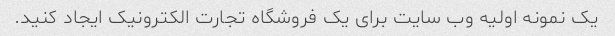
یک نمونه اولیه وب سایت برای یک فروشگاه تجارت الکترونیک ایجاد کنید.